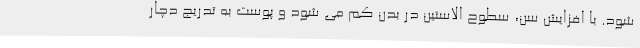
شود. با افزایش سن، سطوح الاستین در بدن کم می شود و پوست به تدریج دچار